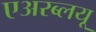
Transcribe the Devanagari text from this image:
एअरब्लयू